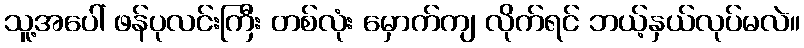
သူ့အပေါ် ဖန်ပုလင်းကြီး တစ်လုံး မှောက်ကျ လိုက်ရင် ဘယ့်နှယ်လုပ်မလဲ။